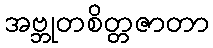
အဗ္ဘုတစိတ္တဇာတာ